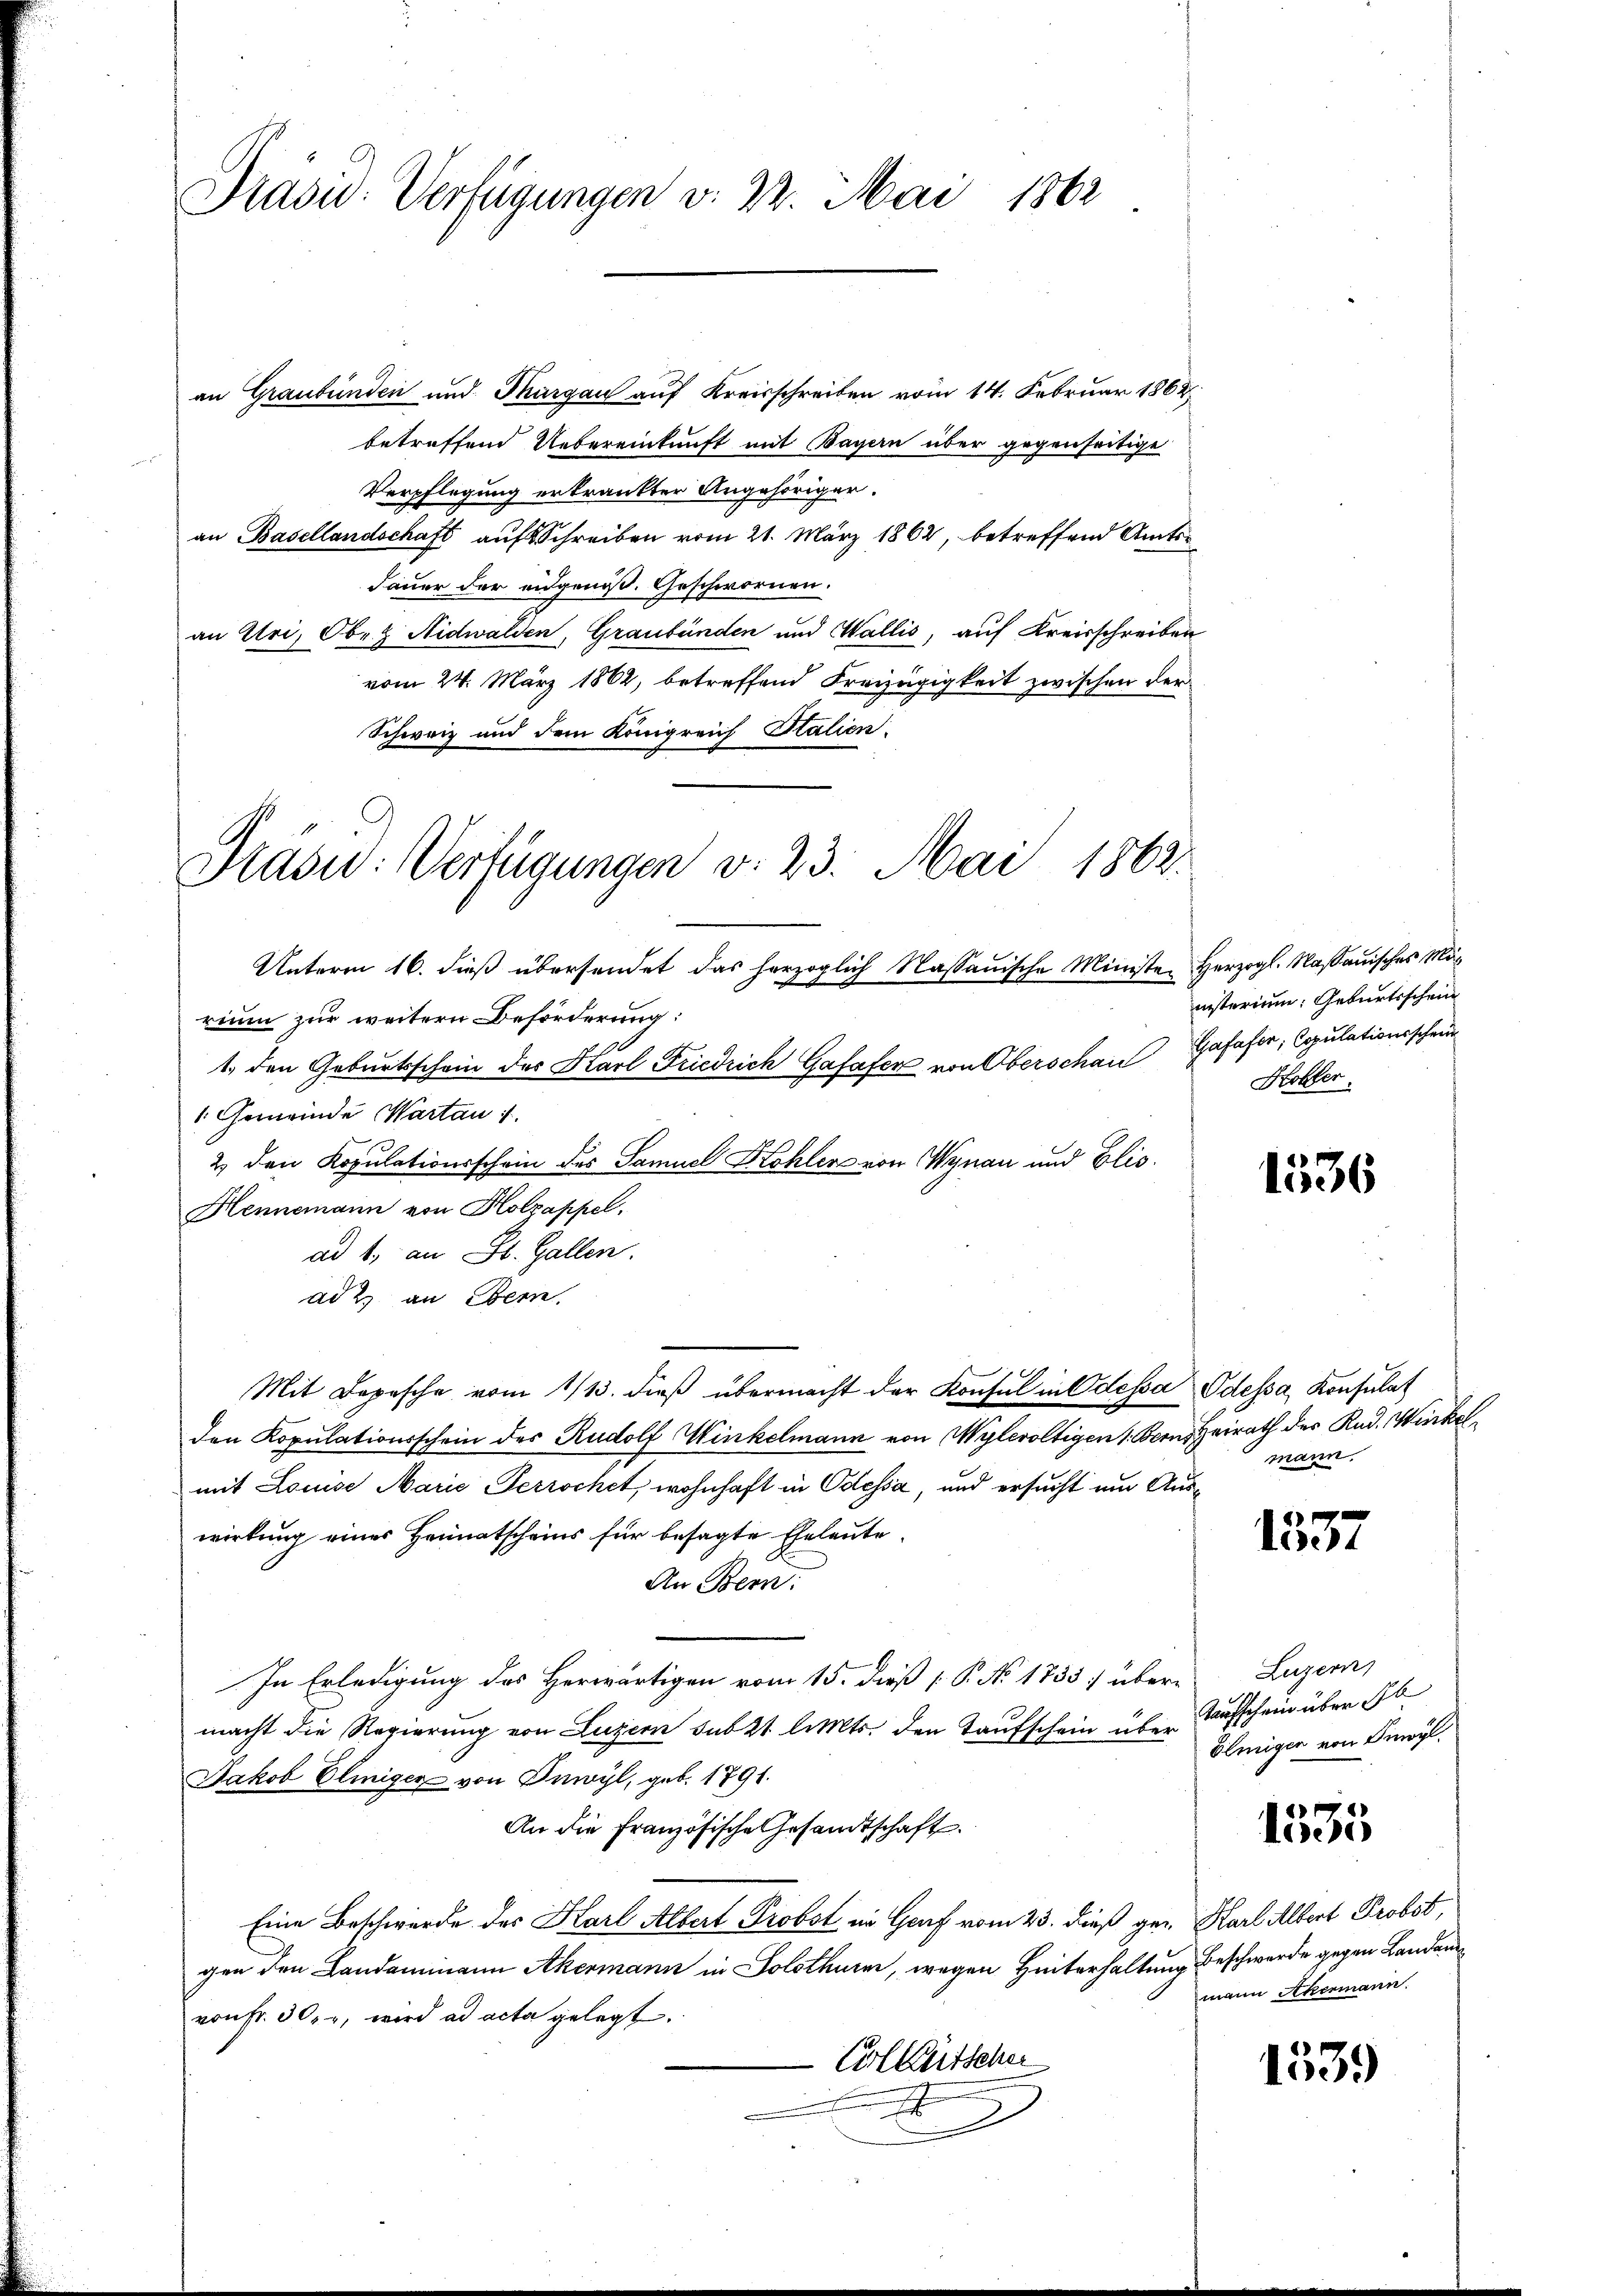
Präsid. Verfügungen v. 22. Mai 1862

an Graubünden und Margau auf Kreisschreiben vom 14. Februar 1862
betreffend Uebereinkunft mit Bayern über gegenseitige
Verpflegung erkrankter Angehöriger.
an Basellandschaft auf Schreiben vom 21. März 1862, betreffend Amtsdauer der eidgenoß. Geschwornen.
an Uri, Oben Nidwalden, Graubünden und Wallis, auf Kreisschreiben
vom 24. März 1862, betreffend Freizügigkeit zwischen der
Schweiz und dem Königreich Italien.
Präsid: Verfügungen v. 23. Mai 1862

rium zur weitern Beförderung:
1. den Geburtsschein des Karl Friedrich Gafafer von Oberschau Gafaser, Copulationsschein
1. Gemeinde Wartau i
2. den Kopulationsschein des Samuel Kohler von Wynau und Elis.
Hennemann von Holzappel,
ad 1., an St. Gallen.
ad 2. an Bern,
Mit Depesche vom 1/13. dieβ übermacht der Konsul in Odessa Odessa, Konsulat
den Kopulationsschein des Rudolf Winkelmann von Wylevoltigen 1. Dem Heirath der Rud. Winkelmit Louise Marie Perrochet, wohnhaft in Odessa, und ersucht um Auswirkung eines Heimatscheins für besagte Eheleute
An Bern:
In Erledigung des Herwärtigen vom 15. dieß [ P. No 1735] übermacht die Regierung von Luzern subzt limts, den Taufschein u. Ausschein über 16
Jakob Eliiger von Inwyl, geb. 1791.
An die Französische Gesandtschaft.
Eine Beschwerde des Karl Albert Probst im Graf vom 23. dieß gen Karl Albert Probst,
gen den Landammann Akermann in Solothurm, wegen Heiterhaltung beschwerde gegen Landanvon Fr. 302, wird ad acta gelegt.
Cillütscher

Unterm 16. dieß übersendet das herzoglich Nassauische Ministen Herzogl. Nassauisches Mö¬

nisterium Geburtsschein
Kobler.

1536

mann.

6
Wesent

Luzern,
Blmiger von Beyl.

1535

mann Akermann.

1339